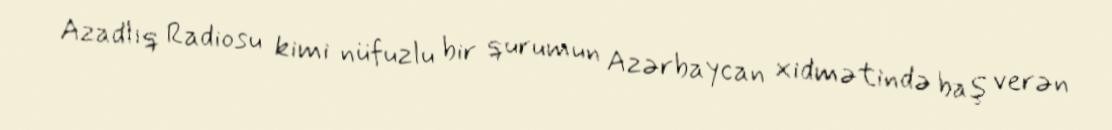
Azadlıq Radiosu kimi nüfuzlu bir qurumun Azərbaycan xidmətində baş verən